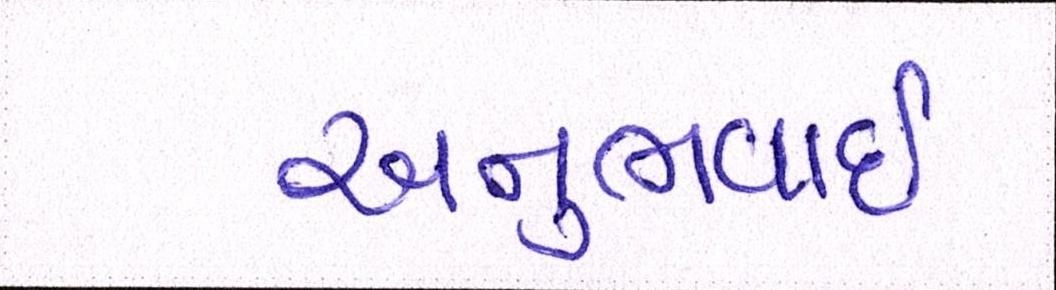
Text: અનુભવાઇ